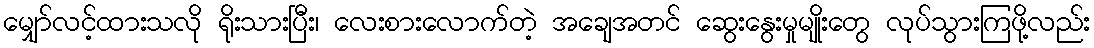
မျှော်လင့်ထားသလို ရိုးသားပြီး၊ လေးစားလောက်တဲ့ အချေအတင် ဆွေးနွေးမှုမျိုးတွေ လုပ်သွားကြဖို့လည်း